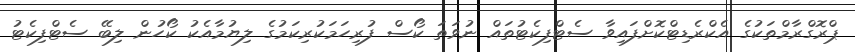
ޕްރޮގްރާމްތަކުގެ އެކްރެޑިޓްކޮށްފައިވާ ސެޓްފިކެޓުތައް ނުވަތަ ކޯސް ފުރިހަމަކުރިކަމުގެ ލިޔުމާއެކު ކޯހުން ލިބޭ ސެޓްފިކެޓު